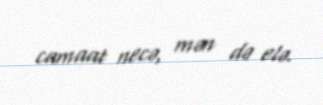
camaat necə, mən də elə.